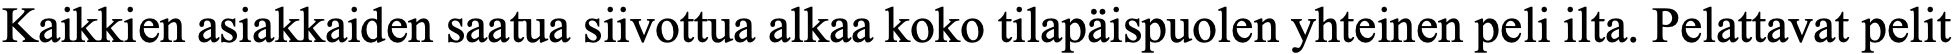
Kaikkien asiakkaiden saatua siivottua alkaa koko tilapäispuolen yhteinen peli ilta. Pelattavat pelit